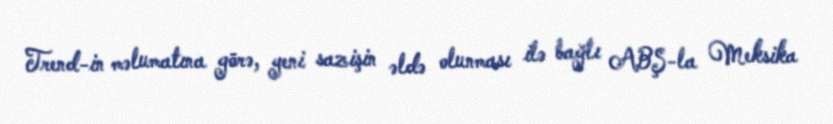
Trend-in məlumatına görə, yeni sazişin əldə olunması ilə bağlı ABŞ-la Meksika